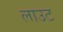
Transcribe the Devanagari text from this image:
लाउट